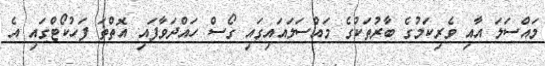
މައްސަލަ އާއި ވެރިކަމުގެ ބާރުތަކުގެ މައްސަލައައިގައި ގޯސް ހައްދަވާފައި އޮތްތަ ފަހުކޯޓްގައި އެ